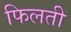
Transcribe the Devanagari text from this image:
फिलती